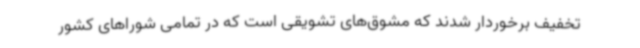
تخفیف برخوردار شدند که مشوق‌های تشویقی است که در تمامی شوراهای کشور